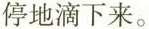
停地滴下来。